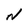
Character: N